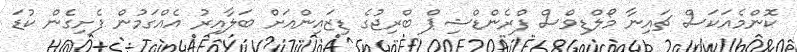
ކޮންމެއަކަސް ޗައިނާ މޯލްޑިވްސް ފްރެންޑްޝިޕް ބްރިޖުގެ ޑިޒައިންއަށް ބަލާއިރު އެއްގަމުން ފެށިގެން ކުޑަ